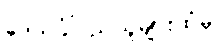
ဒေသခံပြည်သူများထံမှ